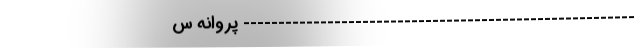
-------------------------------------------------------- پروانه س